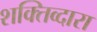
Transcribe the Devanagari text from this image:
शक्तिव्दारा